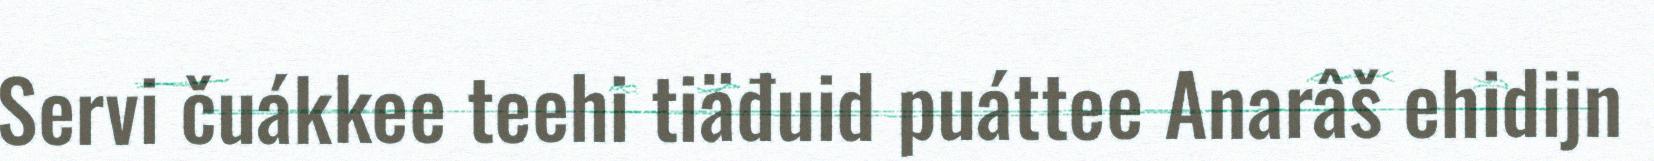
Servi čuákkee teehi tiäđuid puáttee Anarâš ehidijn